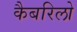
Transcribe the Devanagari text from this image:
कैबरिलो